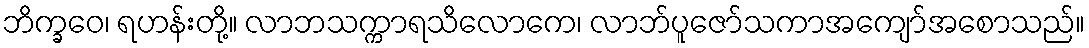
ဘိက္ခဝေ၊ ရဟန်းတို့။ လာဘသက္ကာရသိလောကေ၊ လာဘ်ပူဇော်သကာအကျော်အစောသည်။